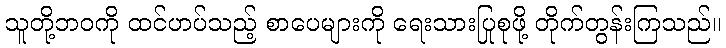
သူတို့ဘဝကို ထင်ဟပ်သည့် စာပေများကို ရေးသားပြုစုဖို့ တိုက်တွန်းကြသည်။